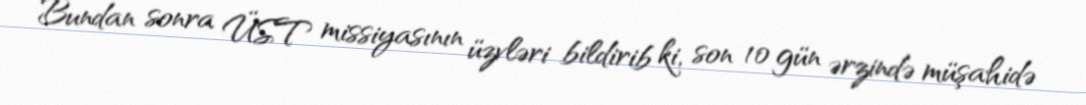
Bundan sonra ÜST missiyasının üzvləri bildirib ki, son 10 gün ərzində müşahidə